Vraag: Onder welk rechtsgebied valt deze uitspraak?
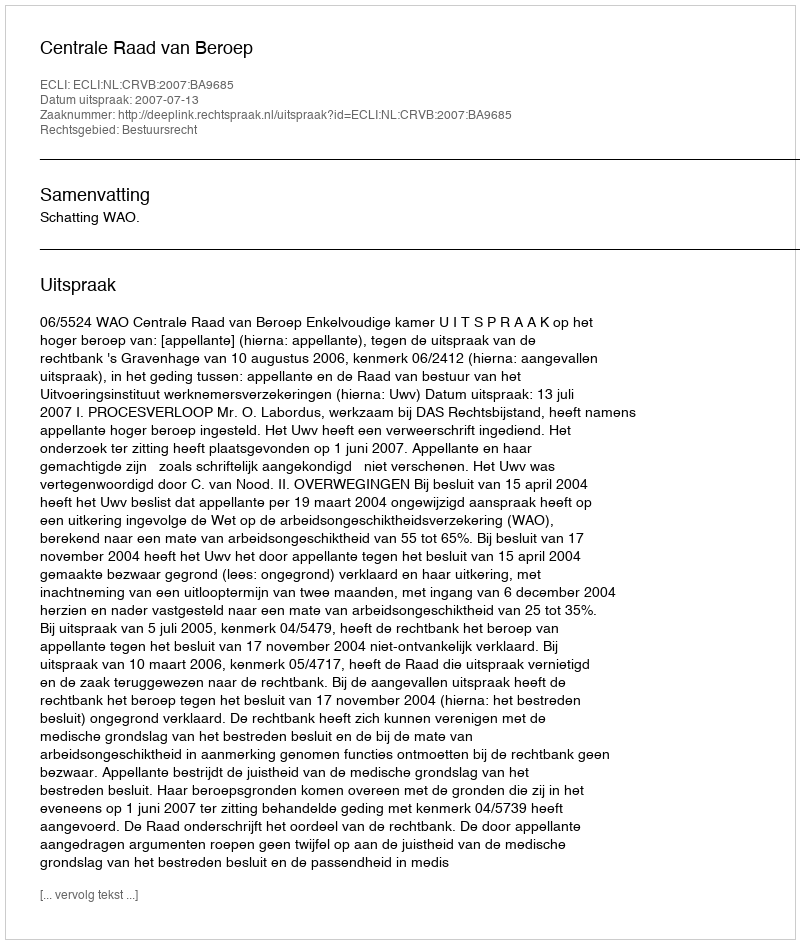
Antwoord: Bestuursrecht